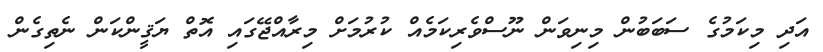
އަދި މިކަމުގެ ސަބަބުން މިނިވަން ނޫސްވެރިކަމެއް ކުރުމަށް މިރާއްޖޭގައި އޮތް ޔަޤީންކަން ނެތިގެން